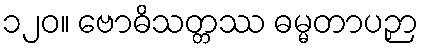
၁၂၀။ ဗောဓိသတ္တဿ ဓမ္မတာပဉှာ